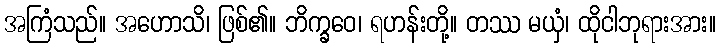
အကြံသည်။ အဟောသိ၊ ဖြစ်၏။ ဘိက္ခဝေ၊ ရဟန်းတို့။ တဿ မယှံ၊ ထိုငါဘုရားအား။